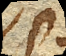
est